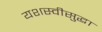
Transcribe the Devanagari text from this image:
यशस्वीसुद्धा